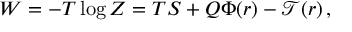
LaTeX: W = - T \log Z = T S + Q \Phi ( r ) - \mathcal { T } ( r ) \, ,